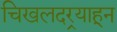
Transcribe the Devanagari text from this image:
चिखलदर्‍याहून